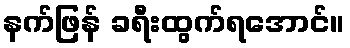
နက်ဖြန် ခရီးထွက်ရအောင်။